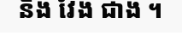
និង វែង ជាង ។